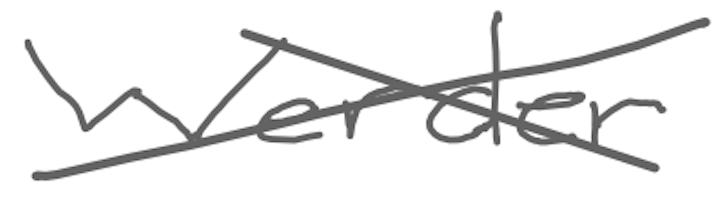
Text: Werder
Cross-out: cross
Writing tool: digital_gray